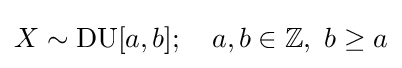
X\sim \mathrm {DU} [a,b];\quad a,b\in \mathbb {Z} ,\ b\geq a